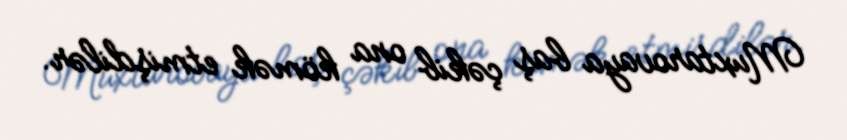
Muxtarovaya baş çəkib ona kömək etmişdilər.